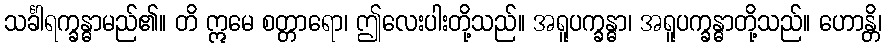
သင်္ခါရက္ခန္ဓာမည်၏။ တိ ဣမေ စတ္တာရော၊ ဤလေးပါးတို့သည်။ အရူပက္ခန္ဓာ၊ အရူပက္ခန္ဓာတို့သည်။ ဟောန္တိ၊